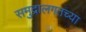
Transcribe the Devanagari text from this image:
समुद्रालगतच्या